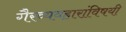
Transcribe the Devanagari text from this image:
गैरव्यवहारांविषयी